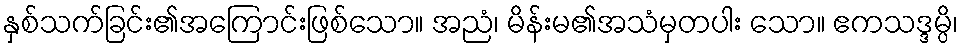
နှစ်သက်ခြင်း၏အကြောင်းဖြစ်သော။ အညံ၊ မိန်းမ၏အသံမှတပါး သော။ ဧကသဒ္ဒမ္ပိ၊